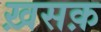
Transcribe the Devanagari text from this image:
ख़सक़